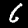
Digit: 6